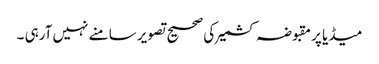
میڈیا پر مقبوضہ کشمیر کی صحیح تصویر سامنے نہیں آرہی ۔